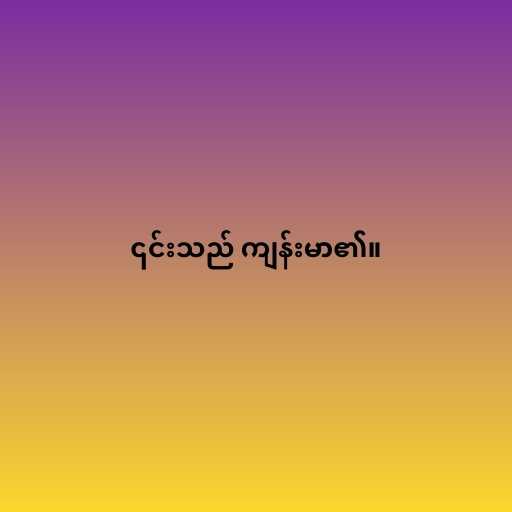
၎င်းသည် ကျန်းမာ၏။